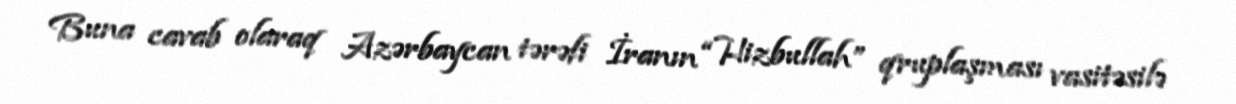
Buna cavab olaraq Azərbaycan tərəfi İranın “Hizbullah” qruplaşması vasitəsilə